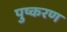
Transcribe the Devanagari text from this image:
पुष्करण